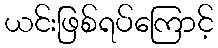
ယင်းဖြစ်ရပ်ကြောင့်